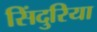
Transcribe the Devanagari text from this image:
सिंदुरिया